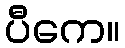
ပီကေ။